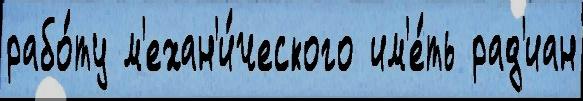
рабо́ту м'ехан'и́ческого им'е́ть рад'иан